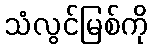
သံလွင်မြစ်ကို